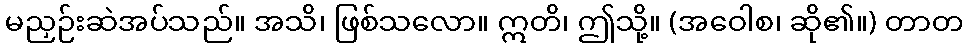
မညှဉ်းဆဲအပ်သည်။ အသိ၊ ဖြစ်သလော။ ဣတိ၊ ဤသို့။ (အဝေါစ၊ ဆို၏။) တာတ